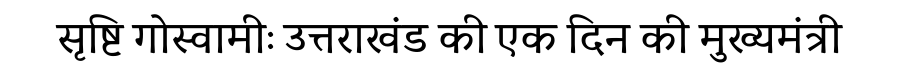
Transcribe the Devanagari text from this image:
सृष्टि गोस्वामीः उत्तराखंड की एक दिन की मुख्यमंत्री